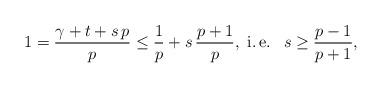
LaTeX: \begin{align*}1=\frac{\gamma+t+s\,p}{p}\le \frac{1}{p}+s\,\frac{p+1}{p},\mbox{ i.\,e. }\ s\ge \frac{p-1}{p+1},\end{align*}